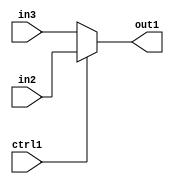
`timescale 1ps / 1ps
/*****************************************************************************
    Verilog RTL Description
    
    
    Created by: Stratus DpOpt 21.05.01 
*******************************************************************************/

module SobelFilter_N_Mux_24_2_0_4 (
	in3,
	in2,
	ctrl1,
	out1
	); /* architecture "behavioural" */ 
input [23:0] in3,
	in2;
input  ctrl1;
output [23:0] out1;
wire [23:0] asc001;

reg [23:0] asc001_tmp_0;
assign asc001 = asc001_tmp_0;
always @ (ctrl1 or in2 or in3) begin
	case (ctrl1)
		1'B1 : asc001_tmp_0 = in2 ;
		default : asc001_tmp_0 = in3 ;
	endcase
end

assign out1 = asc001;
endmodule

/* CADENCE  uLP1TQA= : u9/ySxbfrwZIxEzHVQQV8Q== ** DO NOT EDIT THIS LINE ******/